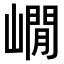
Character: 𡼥